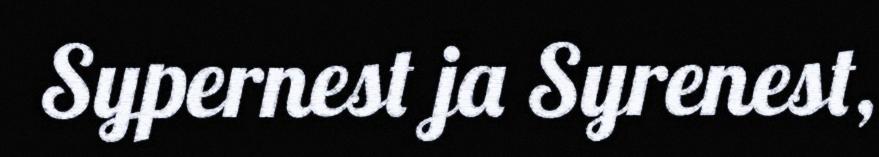
Sypernest ja Syrenest,